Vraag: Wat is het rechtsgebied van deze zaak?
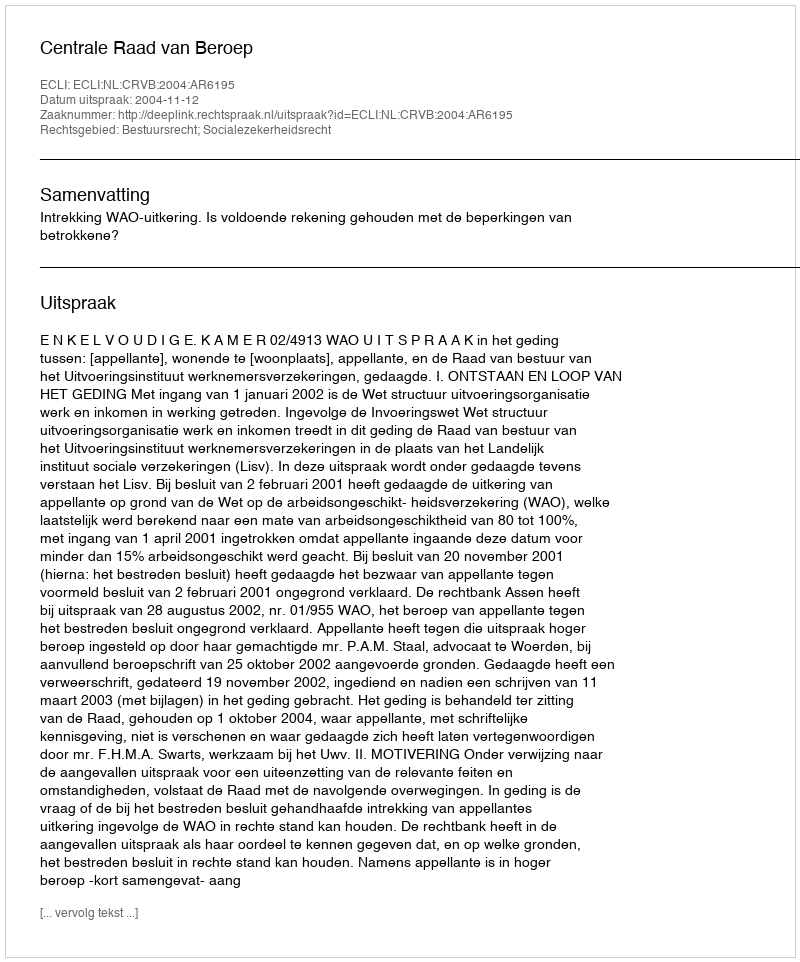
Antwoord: Bestuursrecht; Socialezekerheidsrecht